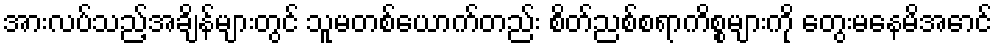
အားလပ်သည့်အချိန်များတွင် သူမတစ်ယောက်တည်း စိတ်ညစ်စရာကိစ္စများကို တွေးမနေမိအောင်